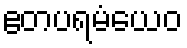
ဧတပရမံယေဝ